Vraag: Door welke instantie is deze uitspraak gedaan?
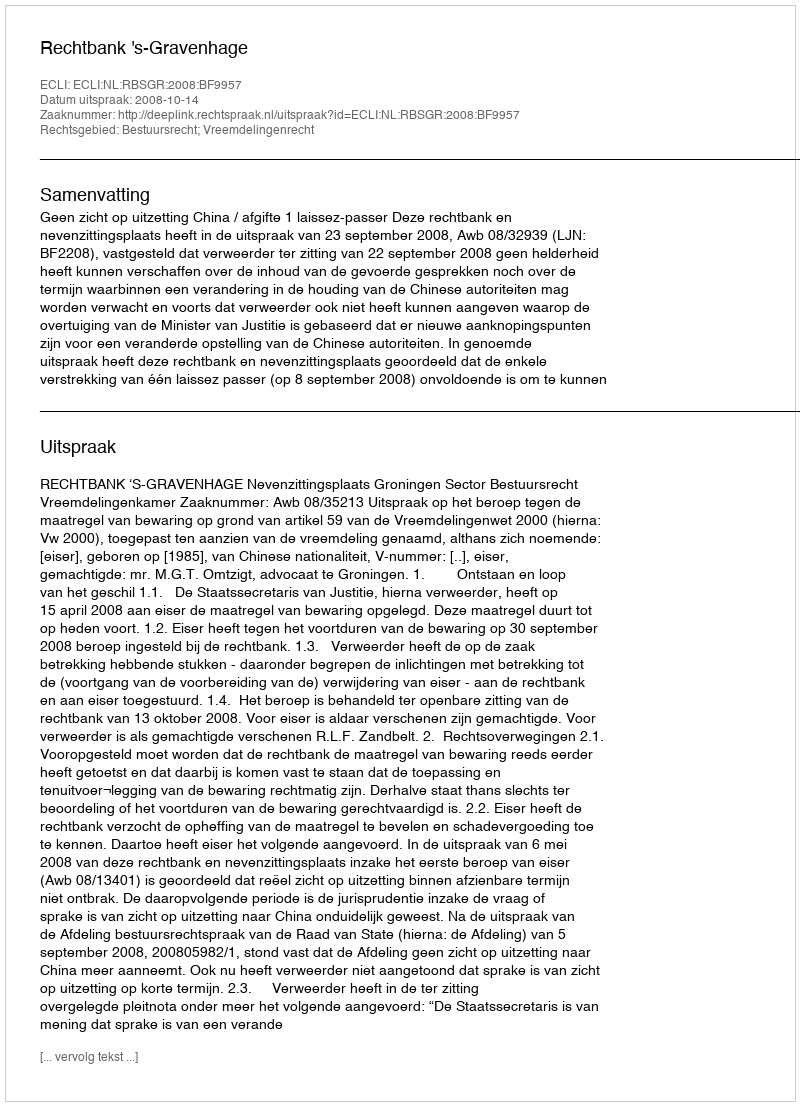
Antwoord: Rechtbank 's-Gravenhage